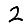
Digit: 2